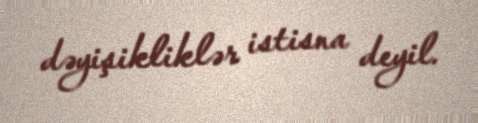
dəyişikliklər istisna deyil.